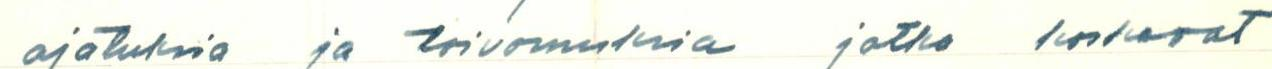
ajatuksia ja toivomuksia jotka koskevat